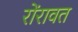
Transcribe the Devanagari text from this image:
रोंरावत